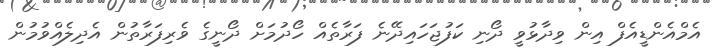
އެމްއެންޑީއެފް އިން ވިދާޅުވީ ދޯނި ކަފުޖަހައިދޭނެ ފަރާތެއް ހޯދުމަށް ދޯނީގެ ވެރިފަރާތުން އެދިލެއްވުމުން